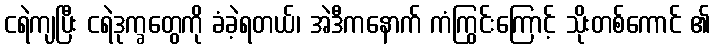
ငရဲကျပြီး ငရဲဒုက္ခတွေကို ခံခဲ့ရတယ်၊ အဲဒီကနောက် ကံကြွင်းကြောင့် သိုးတစ်ကောင် ၏